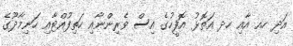
އަދި ހއ އާއި ހދ އަތޮޅު އޮފީހުގެ އިސް ވެރިންނާއި ހަތިފުއްޓާއި ހަނިމާދޫގެ